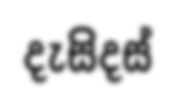
දැසිදස්